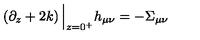
\left( \partial _ { z } + 2 k \right) \Big \vert _ { z = 0 ^ { + } } h _ { \mu \nu } = - \Sigma _ { \mu \nu }